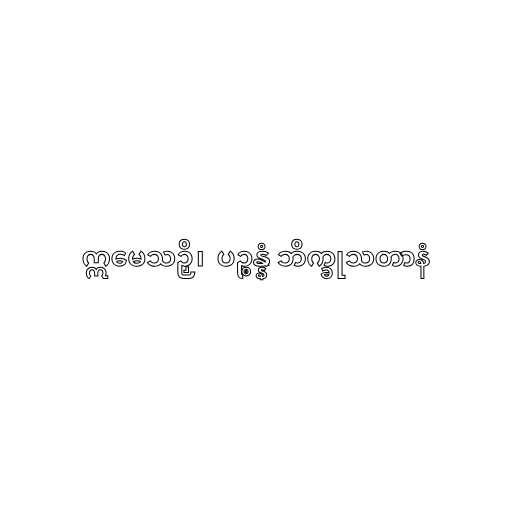
ဣမေသဉှိ၊  ပဉ္စန္နံ ဘိက္ခုသတာနံ